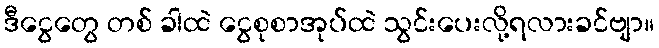
ဒီငွေတွေ တစ် ခါထဲ ငွေစုစာအုပ်ထဲ သွင်းပေးလို့ရလားခင်ဗျာ။